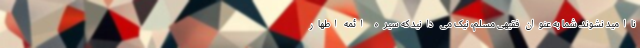
ناامید نشوند. شما به عنوان فقیهی مسلم، نیک می دانید که سیره ائمه اطهار